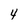
Character: 4